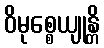
ဝိမုစ္စေယျုန္တိ